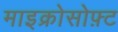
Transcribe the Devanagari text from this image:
माइक्रोसोफ़्ट